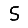
Digit: 5